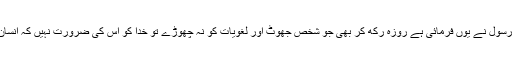
اس امر کی صراحت رسول ۖنے یوں فرمائی ہے روزہ رکھ کر بھی جو شخص جھوٹ اور لغویات کو نہ چھوڑے تو خدا کو اس کی ضرورت نہیں کہ انسان اپنا کھاناچھوڑ دئے۔